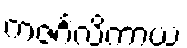
ကဇင်္ဂလိကာယ